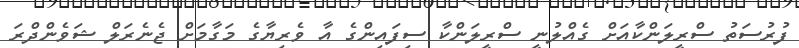
ފުރުސަތު ސްރީލަންކާއަށް ގެއްލުނީ ސްރީލަންކާ ސިފައިންގެ އާ ވެރިޔާގެ މަގާމަށް ޖެނެރަލް ޝަވެންދްރަ